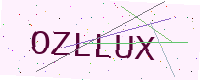
Text: OZLLUX